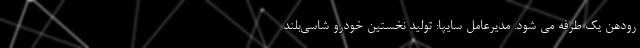
رودهن یک طرفه می شود. مدیرعامل سایپا: تولید نخستین خودرو شاسی‌بلند